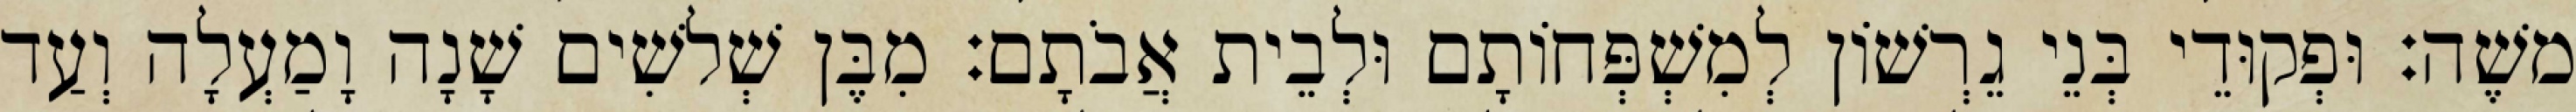
משֶׁה׃ וּפְקוּדֵי בְּנֵי גֵרְשׁוֹן לְמִשְׁפְּחוֹתָם וּלְבֵית אֲבֹתָם׃ מִבֶּן שְׁלשִׁים שָׁנָה וָמַעְלָה וְעַד